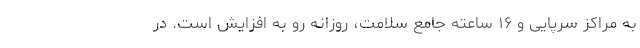
به مراکز سرپایی و ۱۶ ساعته جامع سلامت، روزانه رو به افزایش است. در